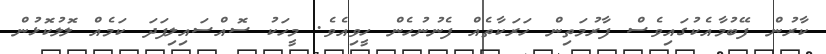
ކާރުން ފޭބުމާއެކުގައިވެސް ފާރުމަތިން ހަރަކާތެއް ފެނުނުހެން ހީވިއެވެ. މީހަކު ސޮއްސައިލިފަދަ ކަމެއް ލޮލުކޮޅުން